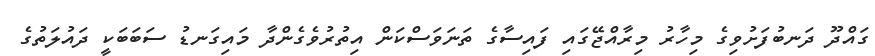
ގައްދޫ ދަނބުފަށުވިގެ މިހާރު މިރާއްޖޭގައި ފައިސާގެ ތަނަވަސްކަން އިތުރުވެގެންދާ މައިގަނޑު ސަބަބަކީ ދައުލަތުގެ